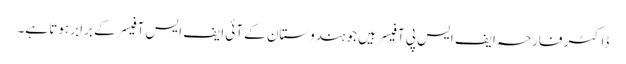
ڈاکٹر فارحہ ایف ایس پی آفیسر ہیں جو ہندوستان کے آئی ایف ایس آفیسر کے برابر ہوتا ہے۔